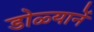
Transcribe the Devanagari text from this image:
डोळ्यानें